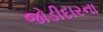
જોડીદારના